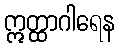
ဣတ္ထာဂါရေန